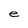
Character: e